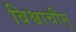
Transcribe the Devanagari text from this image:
विश्वाचीम्